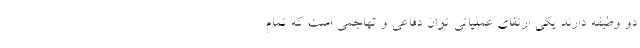
دو وظیفه دارند یکی ارتقای عملیاتی توان دفاعی و تهاجمی است که تمام